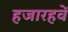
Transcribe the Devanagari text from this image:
हजारहवें